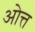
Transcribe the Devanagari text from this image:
ओत्त